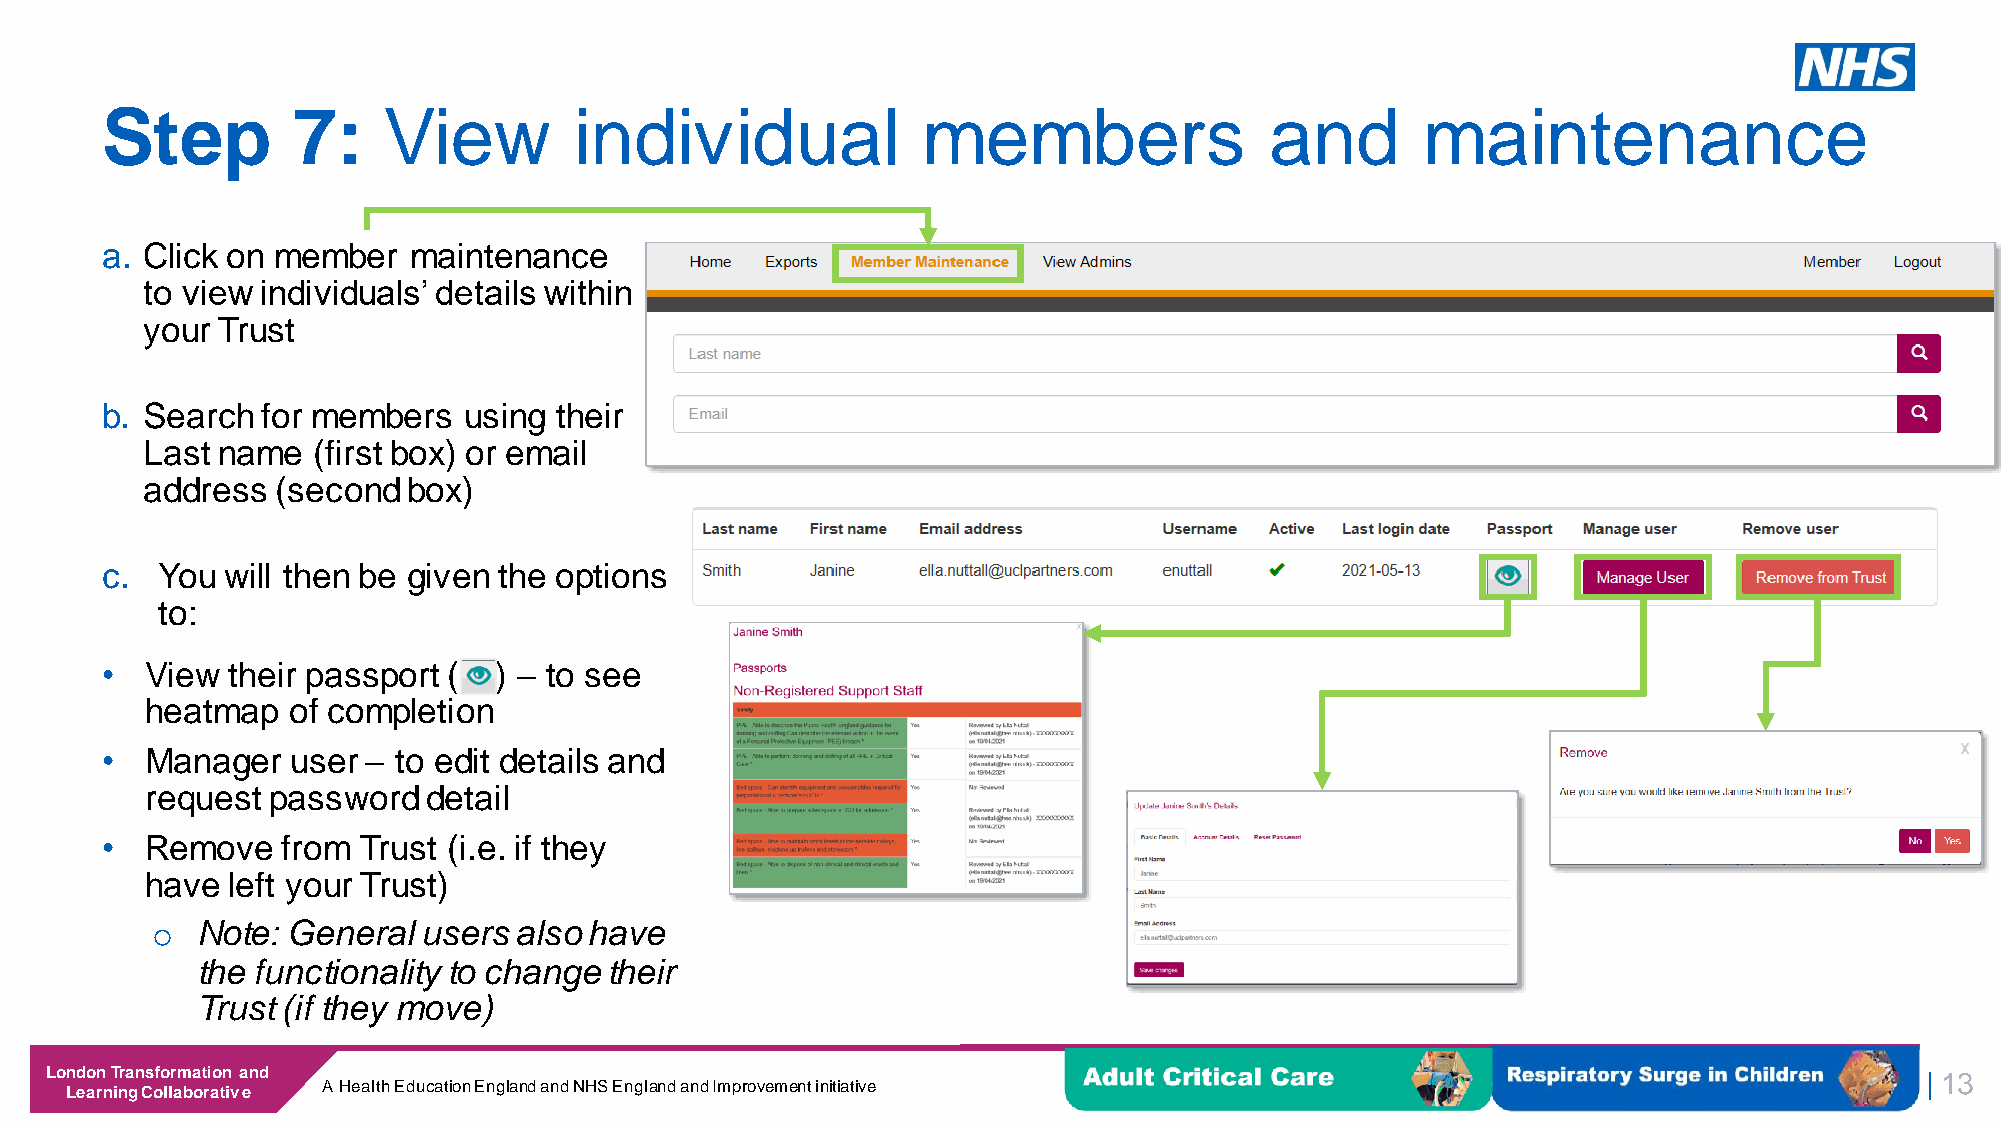
Step        7:    View         individual             members                and       maintenance
 a. Click on member  maintenance
 to view individuals’ details within
 your Trust
 b. Search for members   using their
 Last name   (first box) or email
 address  (second  box)
 c. You  will then be given the options
 to:
 •  View their passport (  ) – to see
 heatmap  of completion
 •  Manager  user – to edit details and
 request password  detail
 •  Remove   from Trust (i.e. if they
 have left your Trust)
 o  Note: General  users also have
 the functionality to change their
 Trust (if they move)
 London Transformation and
 | 13
 Learning Collaborative A Health Education England and NHS England and Improvement initiative